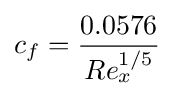
c_{f}={\frac {0.0576}{Re_{x}^{1/5}}}\